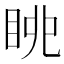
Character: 𱲴